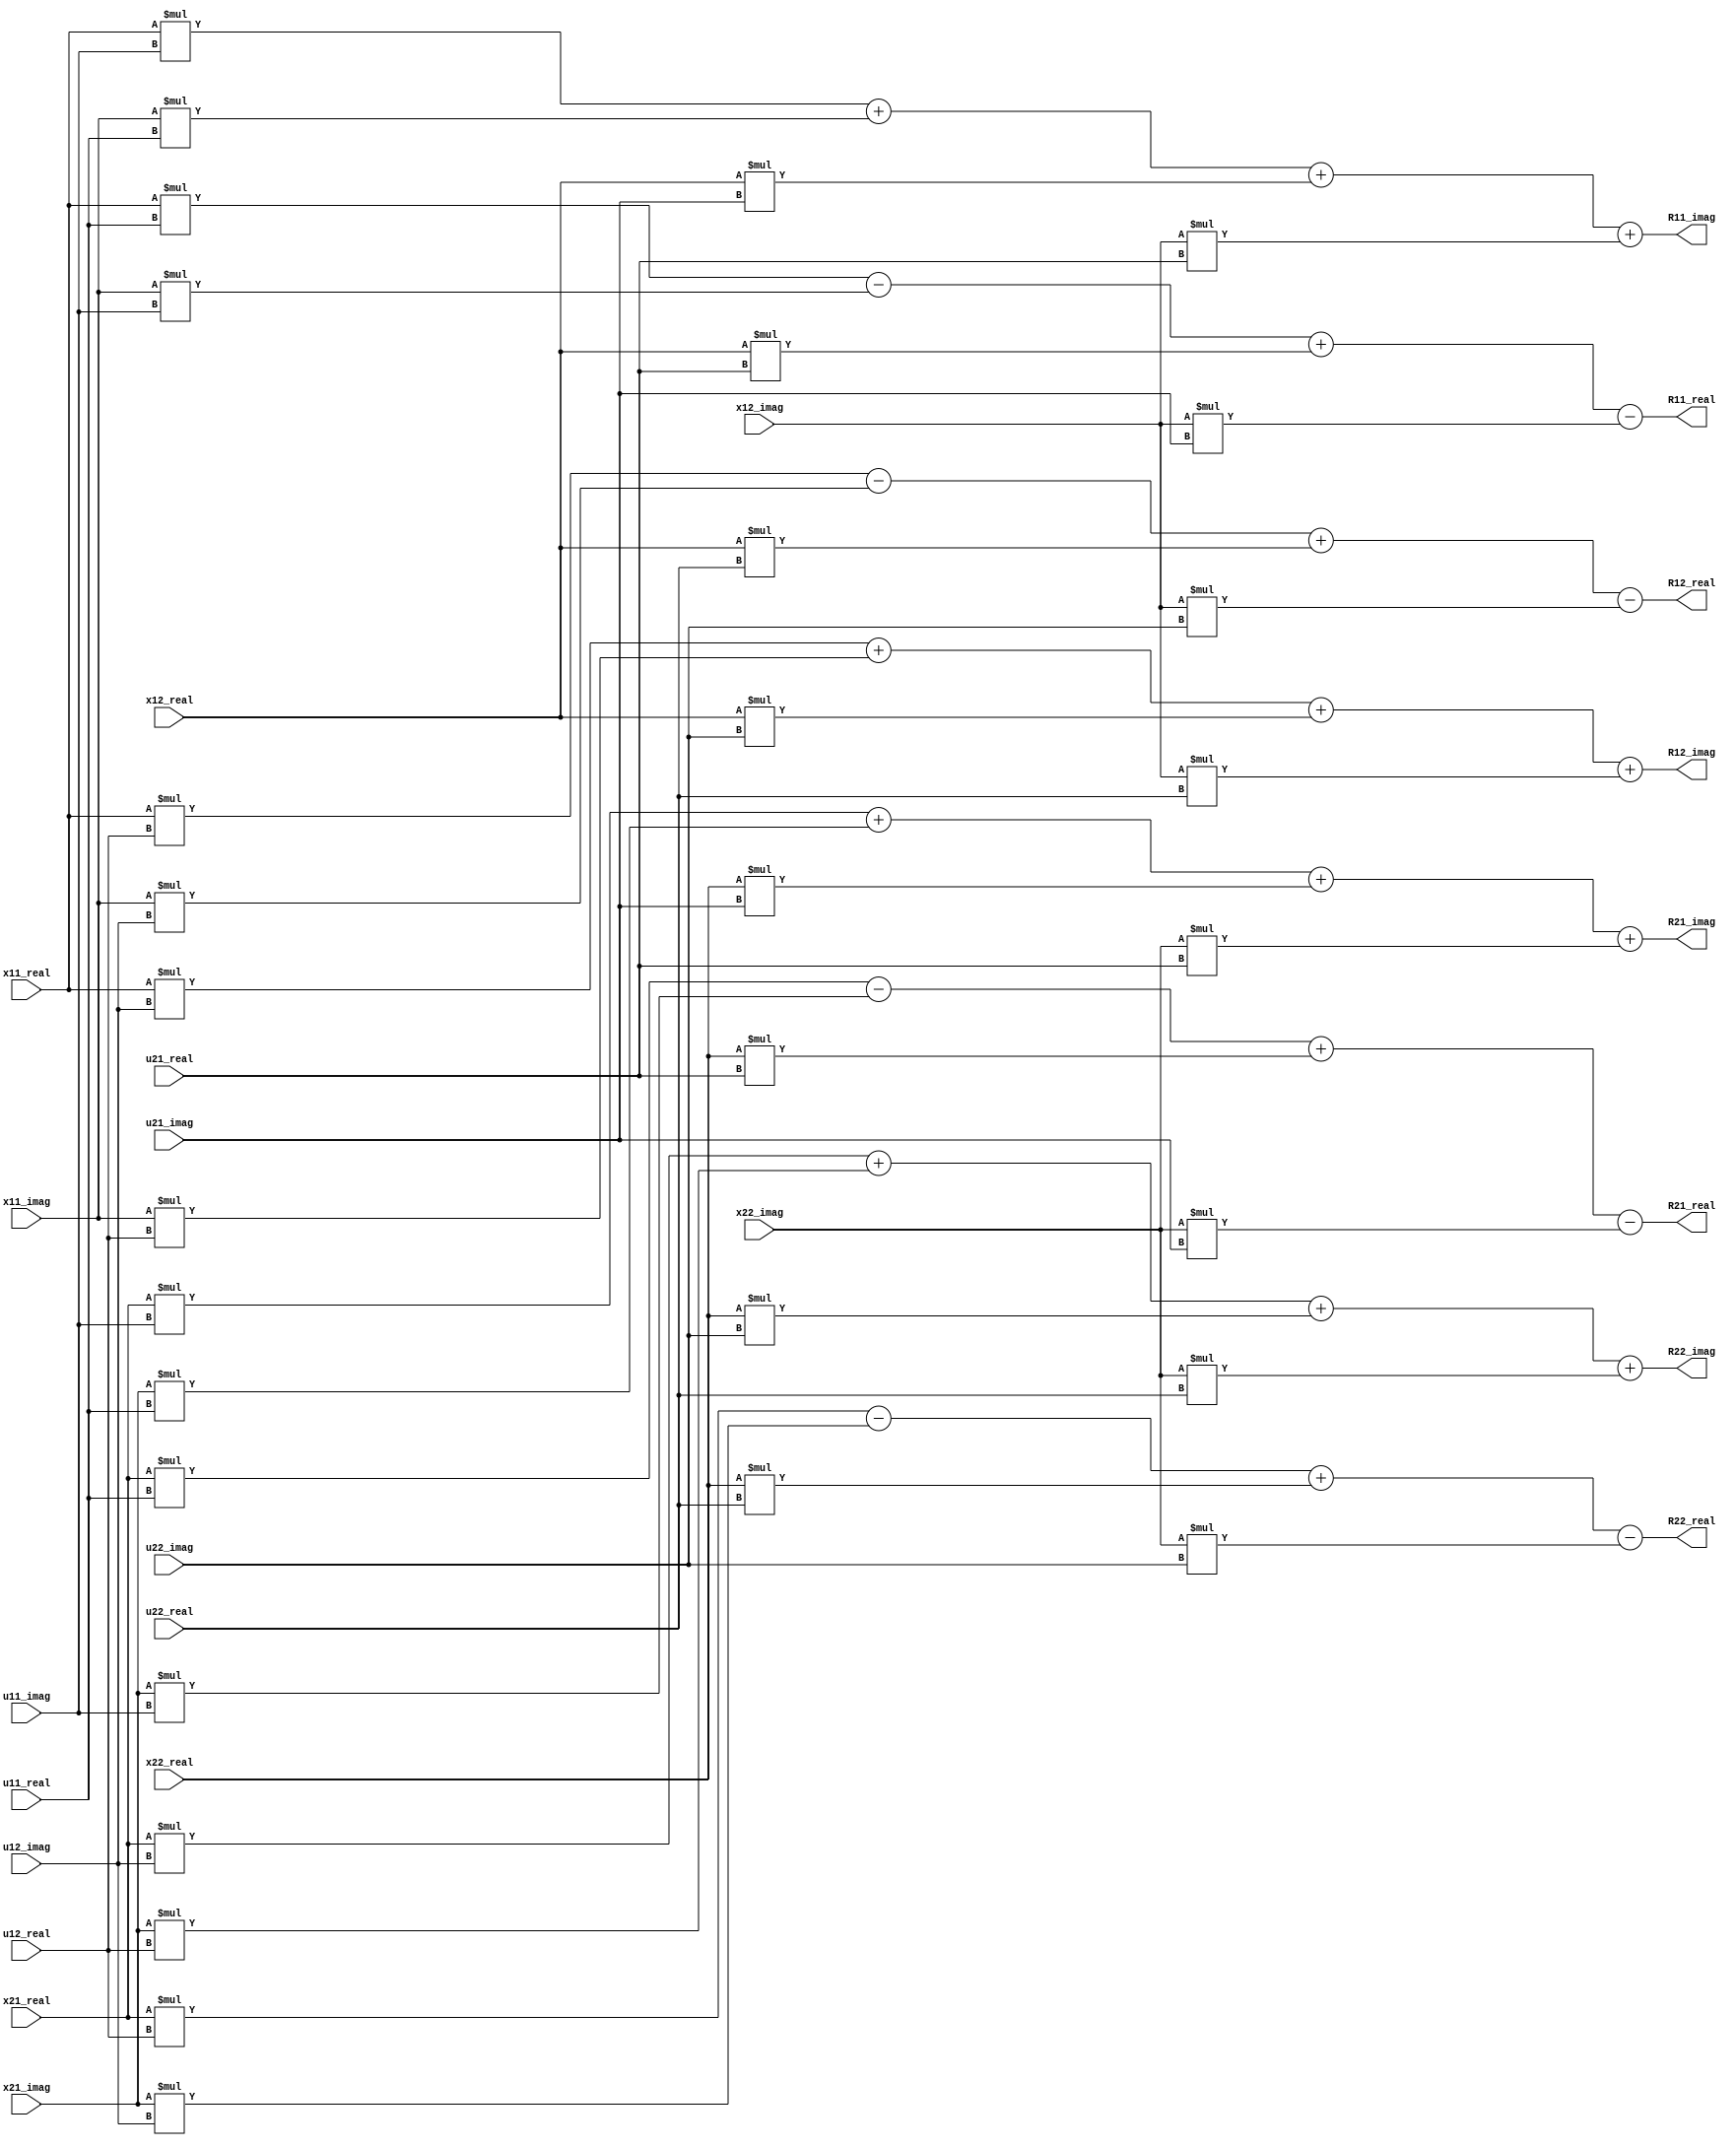
module complex_matrix_multiplier(
    input signed [31:0] x11_real, x11_imag,
    input signed [31:0] x12_real, x12_imag,
    input signed [31:0] x21_real, x21_imag,
    input signed [31:0] x22_real, x22_imag,
    input signed [31:0] u11_real, u11_imag,
    input signed [31:0] u12_real, u12_imag,
    input signed [31:0] u21_real, u21_imag,
    input signed [31:0] u22_real, u22_imag,
    output signed [31:0] R11_real, R11_imag,
    output signed [31:0] R12_real, R12_imag,
    output signed [31:0] R21_real, R21_imag,
    output signed [31:0] R22_real, R22_imag
);
 
    assign R11_real = (x11_real * u11_real) - (x11_imag * u11_imag) + (x12_real * u21_real) - (x12_imag * u21_imag);
    assign R11_imag = (x11_real * u11_imag) + (x11_imag * u11_real) + (x12_real * u21_imag) + (x12_imag * u21_real);
    assign R12_real = (x11_real * u12_real) - (x11_imag * u12_imag) + (x12_real * u22_real) - (x12_imag * u22_imag);
    assign R12_imag = (x11_real * u12_imag) + (x11_imag * u12_real) + (x12_real * u22_imag) + (x12_imag * u22_real);
    assign R21_real = (x21_real * u11_real) - (x21_imag * u11_imag) + (x22_real * u21_real) - (x22_imag * u21_imag);
    assign R21_imag = (x21_real * u11_imag) + (x21_imag * u11_real) + (x22_real * u21_imag) + (x22_imag * u21_real);
    assign R22_real = (x21_real * u12_real) - (x21_imag * u12_imag) + (x22_real * u22_real) - (x22_imag * u22_imag);
    assign R22_imag = (x21_real * u12_imag) + (x21_imag * u12_real) + (x22_real * u22_imag) + (x22_imag * u22_real);
 
endmodule
module complex_matrix_multiplier_tb;
 
reg signed [31:0] x11_real, x11_imag, x12_real, x12_imag, x21_real, x21_imag, x22_real, x22_imag;
reg signed [31:0] u11_real, u11_imag, u12_real, u12_imag, u21_real, u21_imag, u22_real, u22_imag;
wire signed [31:0] R11_real, R11_imag, R12_real, R12_imag, R21_real, R21_imag, R22_real, R22_imag;
 
complex_matrix_multiplier DUT (
    .x11_real(x11_real), .x11_imag(x11_imag), .x12_real(x12_real), .x12_imag(x12_imag),
    .x21_real(x21_real), .x21_imag(x21_imag), .x22_real(x22_real), .x22_imag(x22_imag),
    .u11_real(u11_real), .u11_imag(u11_imag), .u12_real(u12_real), .u12_imag(u12_imag),
    .u21_real(u21_real), .u21_imag(u21_imag), .u22_real(u22_real), .u22_imag(u22_imag),
    .R11_real(R11_real), .R11_imag(R11_imag), .R12_real(R12_real), .R12_imag(R12_imag),
    .R21_real(R21_real), .R21_imag(R21_imag), .R22_real(R22_real), .R22_imag(R22_imag)
);
 
initial begin
    // Test case 1: Identity matrices
    x11_real = 9; x11_imag = 7; x12_real = 9; x12_imag = 8;
    x21_real = 4; x21_imag = 5; x22_real = 2; x22_imag = 5;
    
    u11_real = 1; u11_imag = 7; u12_real = 4; u12_imag = 3;
    u21_real = 2; u21_imag = 8; u22_real = 1; u22_imag = 5;
    
#10;
   $display("Test Case 1: Identity matrices");
    $display("Result: R11 = %d + %di, R12 = %d + %di", R11_real, R11_imag, R12_real, R12_imag);
    $display("        R21 = %d + %di, R22 = %d + %di", R21_real, R21_imag, R22_real, R22_imag);

    
    // Test case 2: Random matrices
    x11_real = 0; x11_imag = 1; x12_real = -1; x12_imag = 4;
    x21_real = 1; x21_imag = 6; x22_real = -2; x22_imag = -3;
    
    u11_real = -1; u11_imag = 2; u12_real = 3; u12_imag = 1;
    u21_real = 4; u21_imag = -5; u22_real = 2; u22_imag = -4;
    
    #10;
    $display("Test Case 2: Random matrices");
    $display("Result: R11 = %d + %di, R12 = %d + %di", R11_real, R11_imag, R12_real, R12_imag);
    $display("        R21 = %d + %di, R22 = %d + %di", R21_real, R21_imag, R22_real, R22_imag);
end
 
endmodule